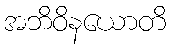
အဘိဝိနယောတိ